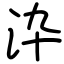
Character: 㳃